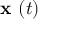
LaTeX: { \textbf { x } } ( t )